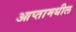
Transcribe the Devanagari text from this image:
आप्तामधील